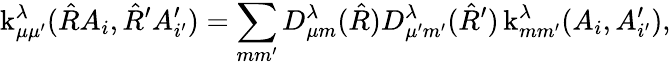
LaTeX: \operatorname{k}_{\mu\mu^{\prime}}^{\lambda}(\hat{R}A_{i},\hat{R}^{\prime}A_{i^{\prime}}^{\prime})=\sum_{mm^{\prime}}D_{\mu m}^{\lambda}(\hat{R})D_{\mu^{\prime}m^{\prime}}^{\lambda}(\hat{R}^{\prime})\operatorname{k}_{mm^{\prime}}^{\lambda}(A_{i},A_{i^{\prime}}^{\prime}),